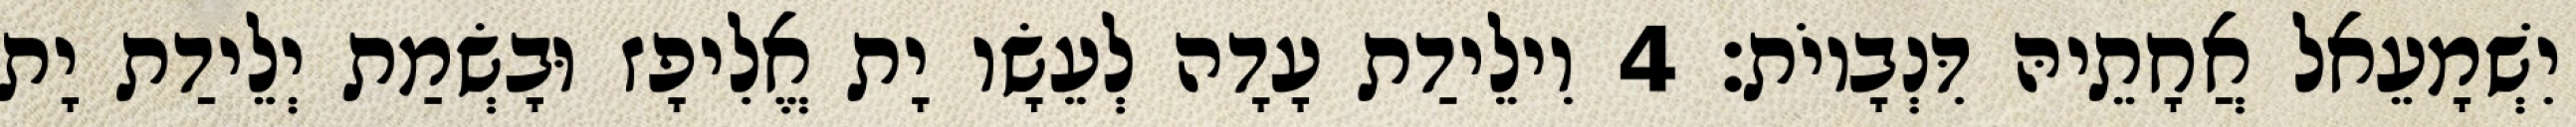
יִשְׁמָעֵאל אֲחָתֵיהּ דִּנְבָיוֹת׃ 4 וִילֵידַת עָדָה לְעֵשָׂו יָת אֱלִיפָז וּבָשְׂמַת יְלֵידַת יָת